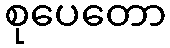
စုပေတော